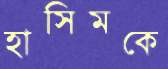
হাসিমকে